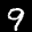
Label: 9